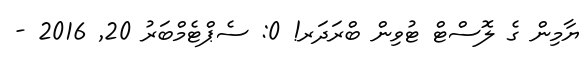
ޔާމިން ގެ ލޮސްޓް ޓުވިން ބްރަދަރ! 0: ސެޕްޓެމްބަރު 20